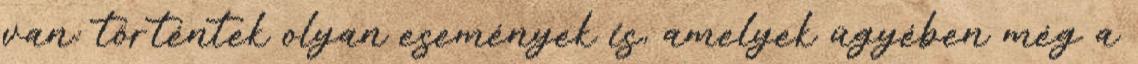
van: történtek olyan események is, amelyek ügyében még a